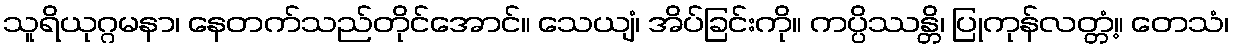
သူရိယုဂ္ဂမနာ၊ နေတက်သည်တိုင်အောင်။ သေယျံ၊ အိပ်ခြင်းကို။ ကပ္ပိဿန္တိ၊ ပြုကုန်လတ္တံ့။ တေသံ၊